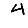
Digit: 4